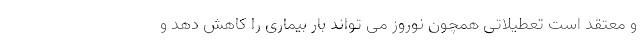
و معتقد است تعطیلاتی همچون نوروز می تواند بار بیماری را کاهش دهد و